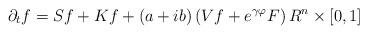
LaTeX: \begin{align*}\partial _{t}f=Sf+Kf+\left( a+ib\right) \left( Vf+e^{\gamma \varphi}F\right) R^{n}\times \left[ 0,1\right] \end{align*}